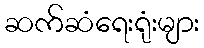
ဆက်ဆံရေးရုံးများ